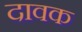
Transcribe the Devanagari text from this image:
दावक